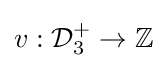
v:{\mathcal {D}}_{3}^{+}\to \mathbb {Z}